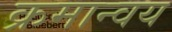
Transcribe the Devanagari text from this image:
क्रमान्वय